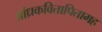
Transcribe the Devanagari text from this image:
आंध्रकवितापितामह